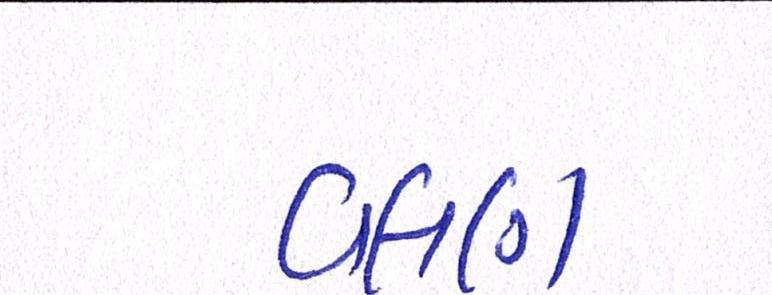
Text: વલણ